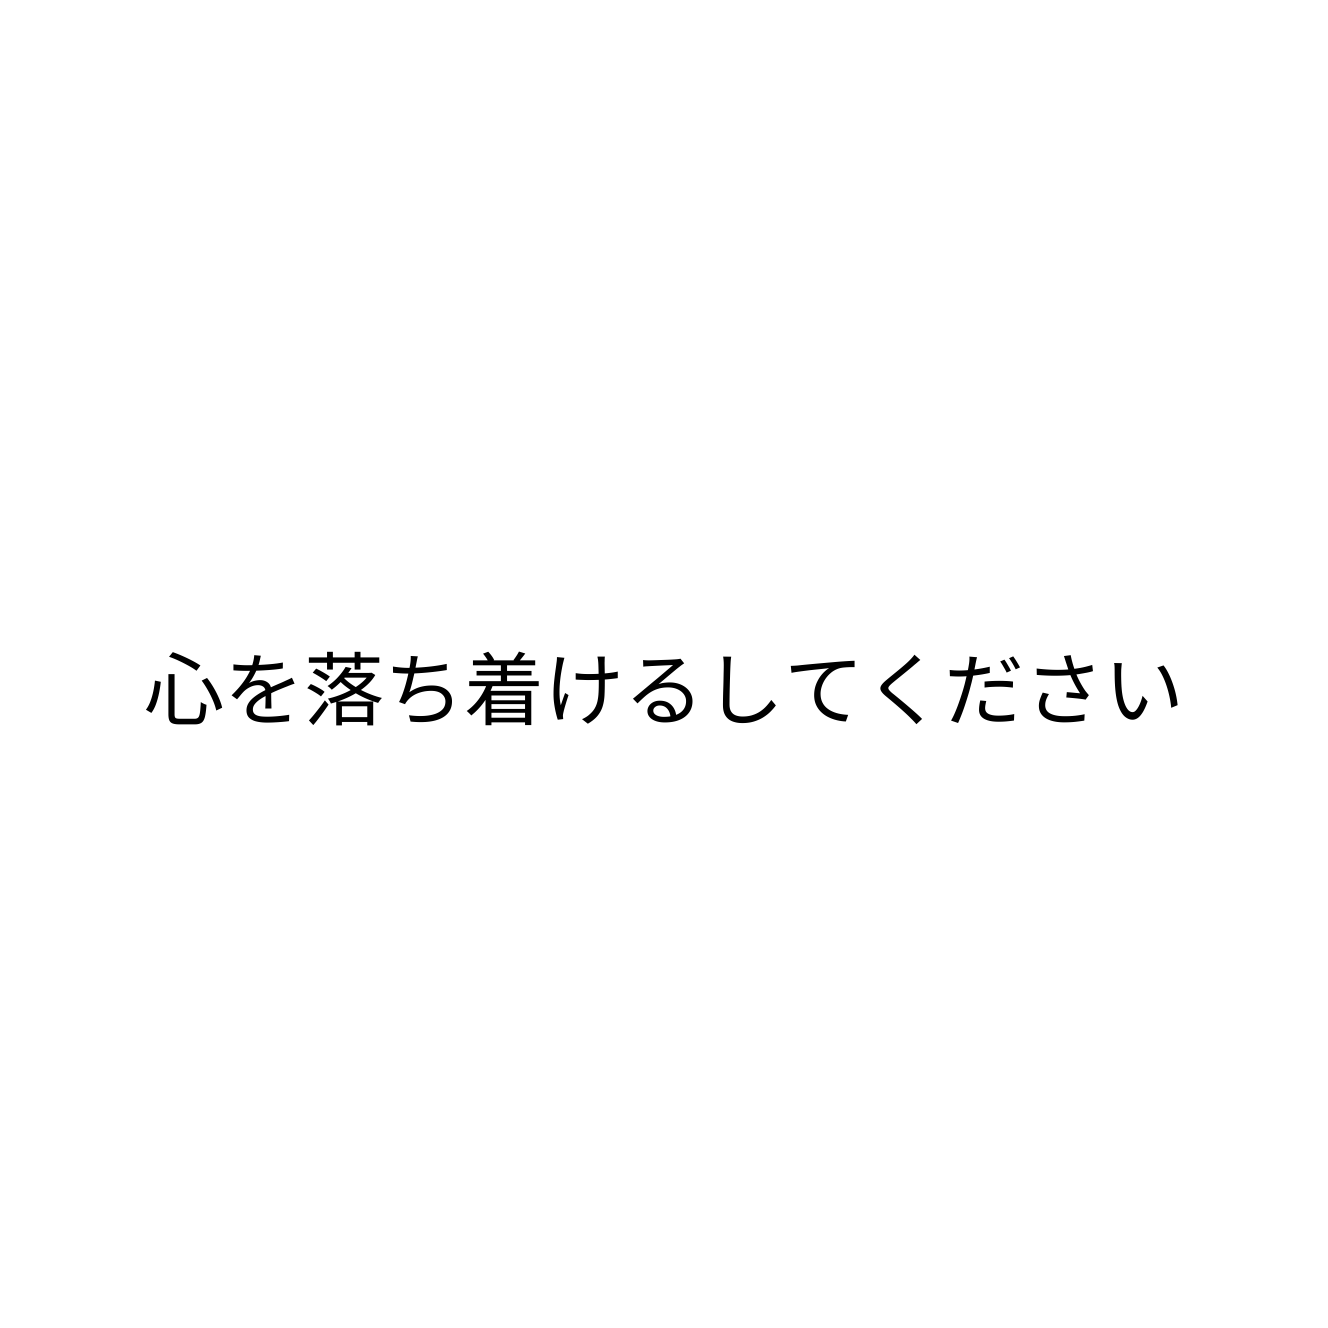
心を落ち着けるしてください